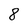
Character: 8